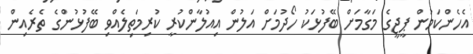
އެހެންކަމުން ޕީޖީގެ މަގާމަށް ބޭފުޅަކު ހޯދުމަށް އަލުން އިއުލާންކުރީ ކުރިމަތިލެއްވި ބޭފުޅުންގެ ތެރެއިން